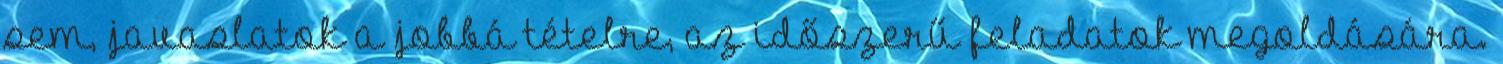
sem, javaslatok a jobbá tételre, az időszerű feladatok megoldására.